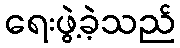
ရေးဖွဲ့ခဲ့သည်